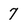
Character: 7